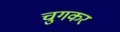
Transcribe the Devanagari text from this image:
चुगकर